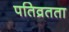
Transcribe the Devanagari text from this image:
पतिव्रतता